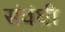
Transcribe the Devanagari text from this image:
संवंधी